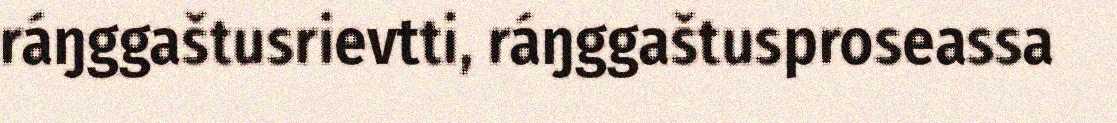
ráŋggaštusrievtti, ráŋggaštusproseassa